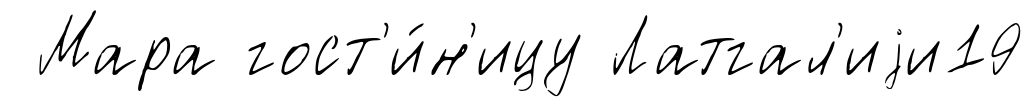
Мара гост'и́н'ицу Латгал'иjи19